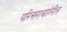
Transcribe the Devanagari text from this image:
परिसराबाहेरील